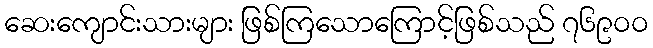
ဆေးကျောင်းသားများ ဖြစ်ကြသောကြောင့်ဖြစ်သည် ၇၆၉၀၀